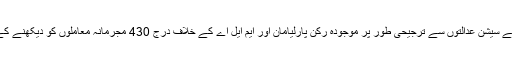
سپریم کورٹ نے سیشن عدالتوں سے ترجیحی طور پر موجودہ رکن پارلیامان اور ایم ایل اے کے خلاف درج 430 مجرمانہ معاملوں کو دیکھنے کے لیے کہا ہے۔